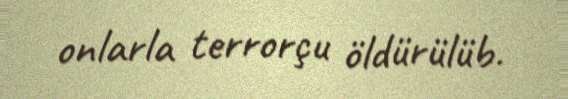
onlarla terrorçu öldürülüb.